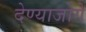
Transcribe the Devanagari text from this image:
देण्याजोगे